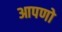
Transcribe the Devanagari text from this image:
आपणो